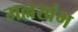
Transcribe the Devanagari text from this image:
मल्लखंभ